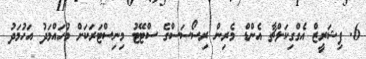
6. ފިޝަރީޒް އެގްގިކަލްޗާ އެންޑް މެރިން ރިސޯސަސްގެ ސްޓޭޓު މިނިސްޓަރަކަށް މުހައްމަދު އަހުމަދު